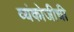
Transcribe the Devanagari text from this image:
व्यंकोजीची